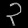
Digit: ၃